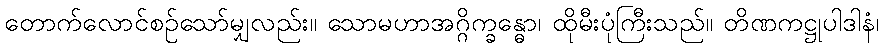
တောက်လောင်စဉ်သော်မျှလည်း။ သောမဟာအဂ္ဂိက္ခန္ဓော၊ ထိုမီးပုံကြီးသည်။ တိဏကဋ္ဌုပါဒါနံ၊